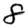
Digit: 8